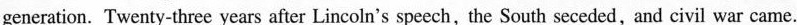
generation. Twenty-three years after Lincoln's speech, the South seceded,and civil war came.